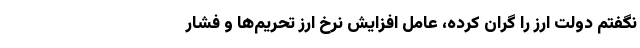
نگفتم دولت ارز را گران کرده، عامل افزایش نرخ ارز تحریم‌ها و فشار